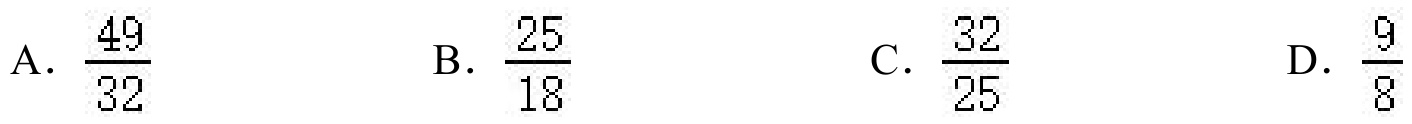
A. $\dfrac{49}{32}$  B. $\dfrac{25}{18}$  C. $\dfrac{32}{25}$  D. $\dfrac{9}{8}$